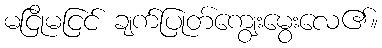
မငြိုမငြင် ချက်ပြုတ်ကျွေးမွေးလေ၏။